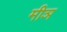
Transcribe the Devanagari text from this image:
मीञ